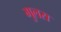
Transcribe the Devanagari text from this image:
गुलस